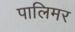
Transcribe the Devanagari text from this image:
पालिमर